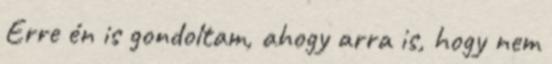
Erre én is gondoltam, ahogy arra is, hogy nem